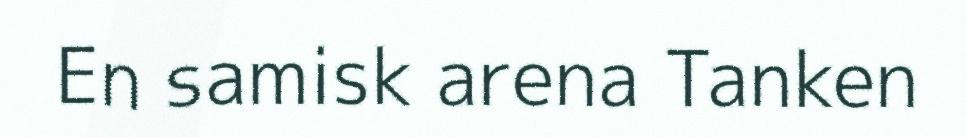
En samisk arena Tanken